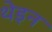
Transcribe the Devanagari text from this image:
थेइन